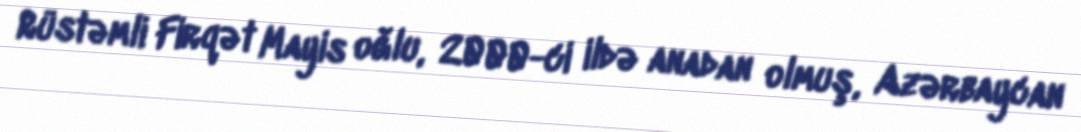
Rüstəmli Firqət Mayis oğlu, 2000-ci ildə anadan olmuş, Azərbaycan